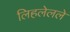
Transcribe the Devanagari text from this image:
लिहलेलले